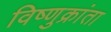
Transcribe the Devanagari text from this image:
विष्णुक्रांता